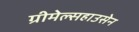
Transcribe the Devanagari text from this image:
ग्रीमेल्सहाउसेन